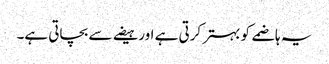
یہ ہاضمے کو بہتر کرتی ہے اور ہیضے سے بچاتی ہے۔